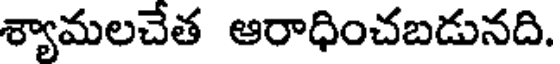
శ్యామలచేత ఆరాధించబడునది.